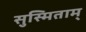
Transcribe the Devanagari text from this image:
सुस्मिताम्